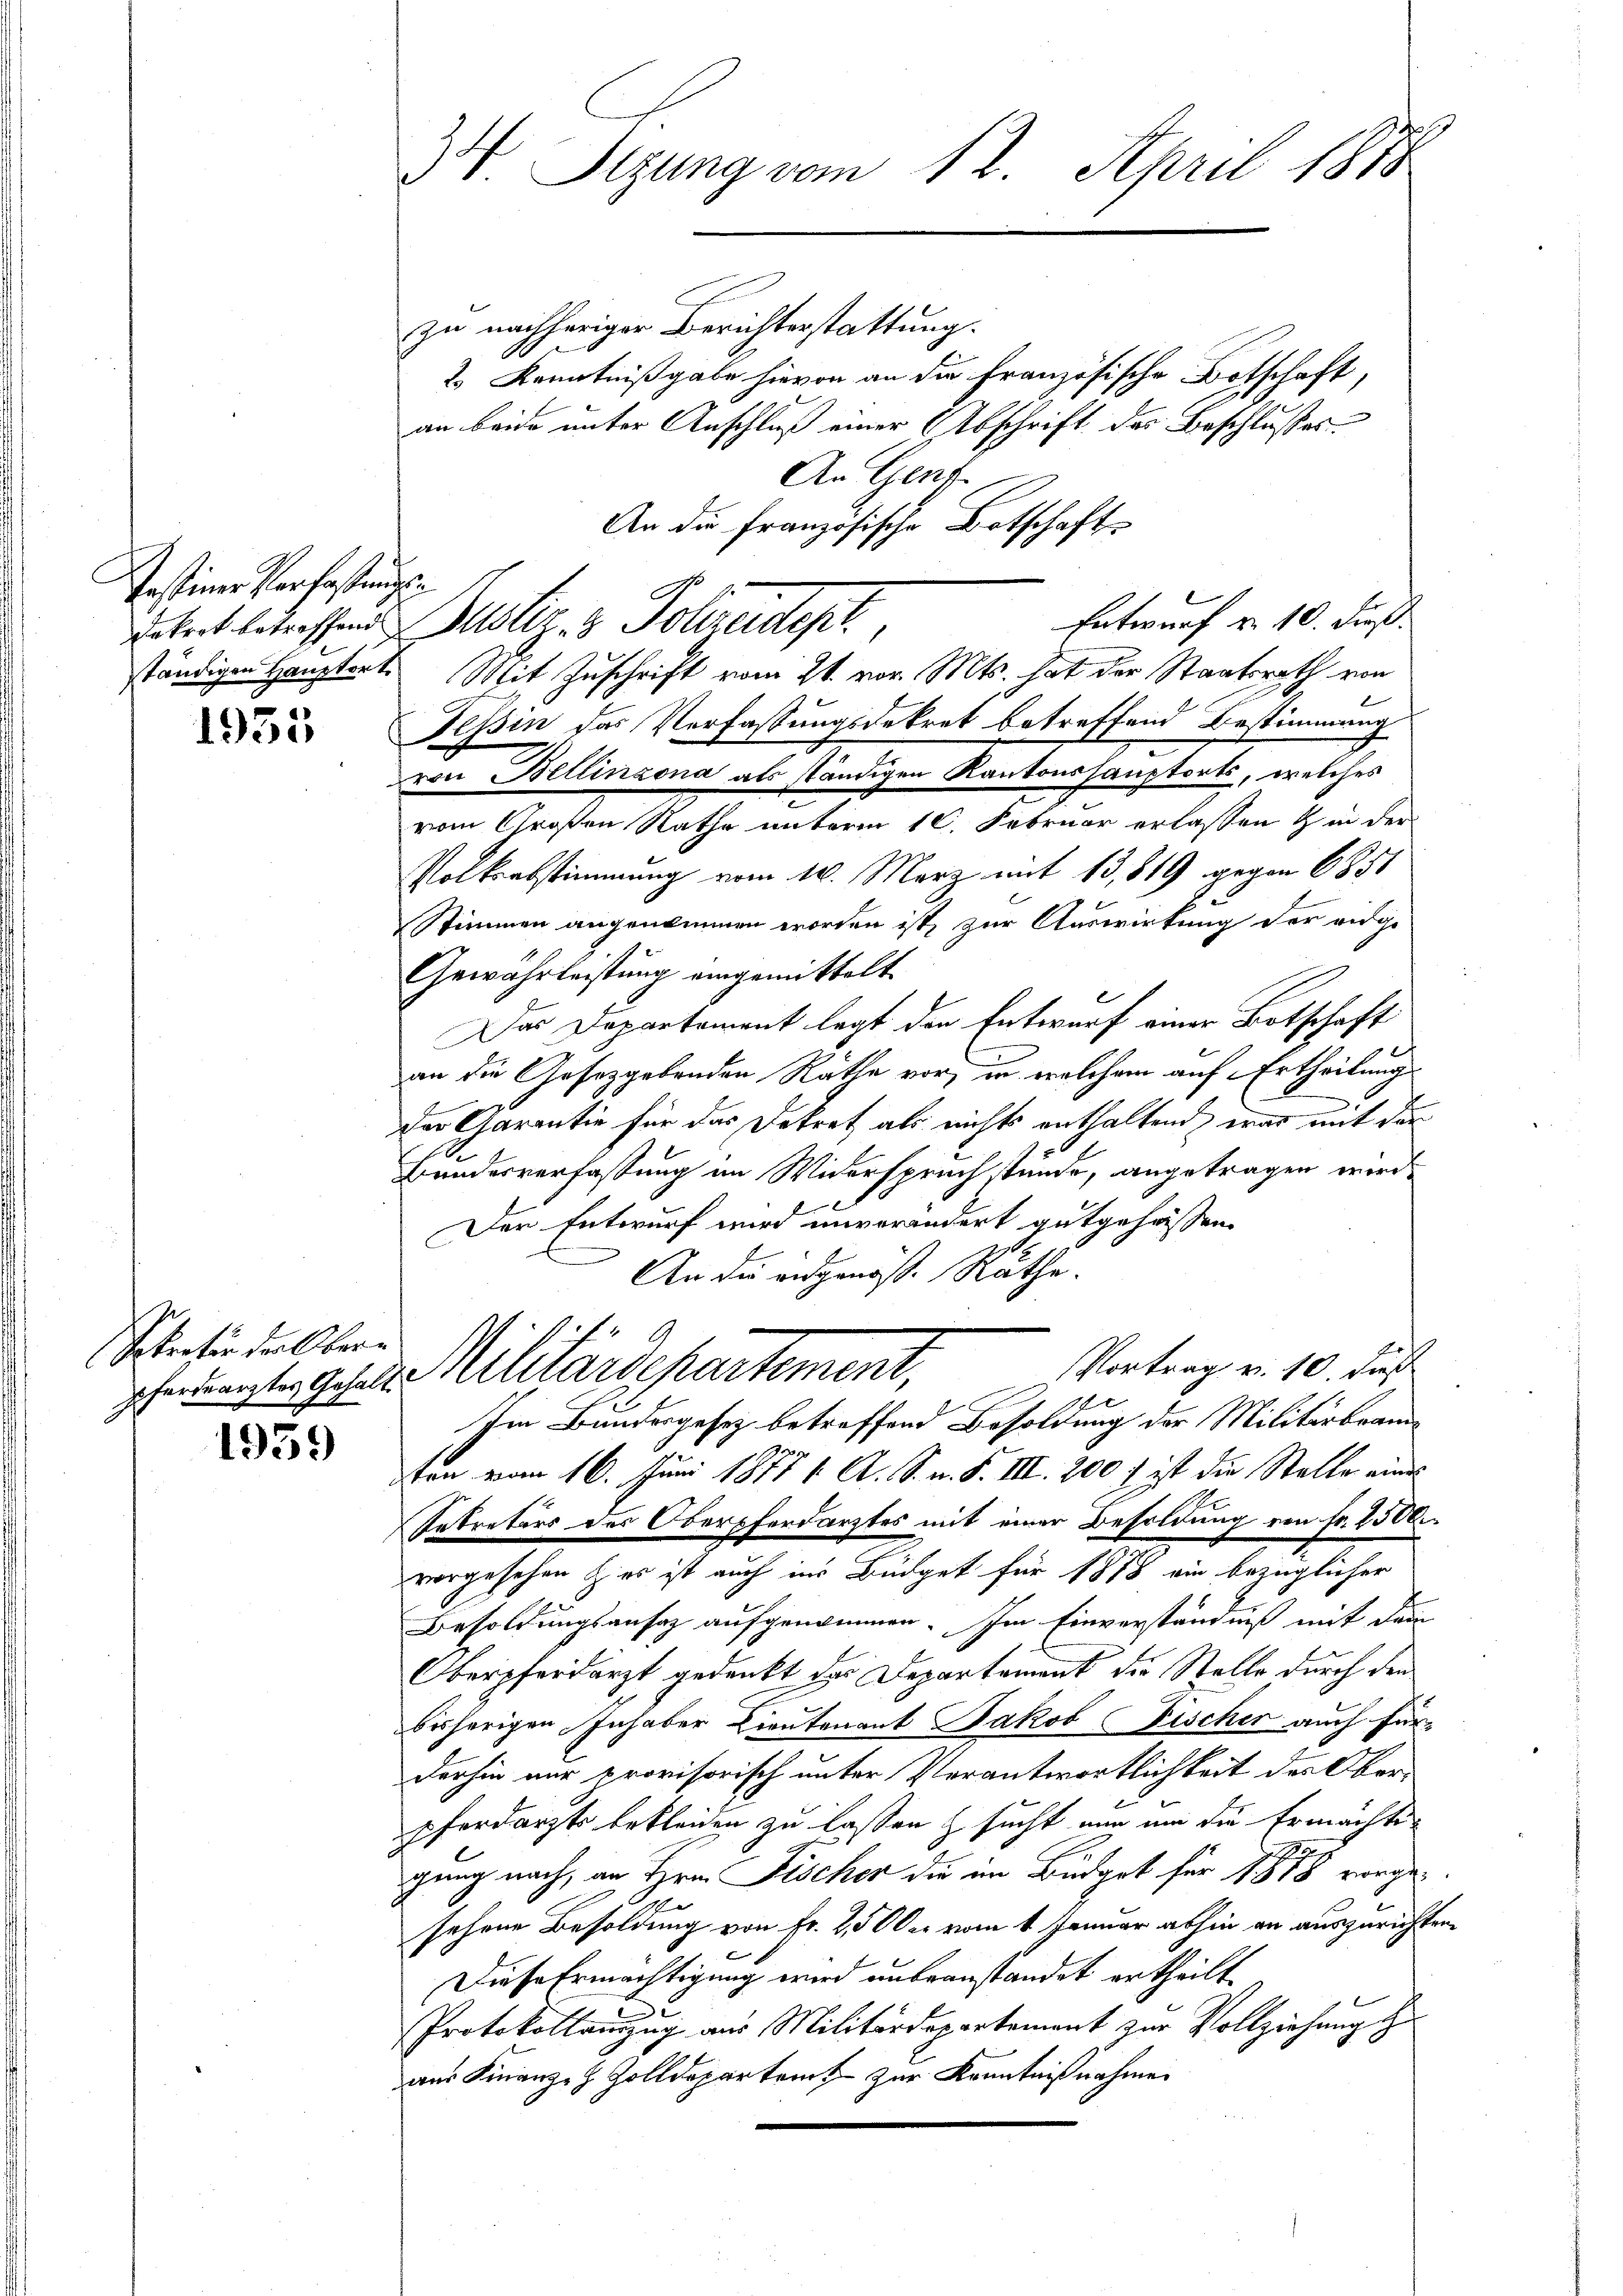
Instiner Verfassungs

1935

Sekretär der Obern

1959

3. Sizung vom 12. April 1875

zu nachheriger Berichterstattung.
2.) Kenntnißgabe hievon an die Französische Botschaft,
an beide unter Anschluß einer (Abschrift der Beschlusses
An Gent.
An die französische Botschafts
Erteit betreffende Justiz- & Polizeidept.,
ständigen Hauptort. Mit Zuschrift vom 21. vor. Mts. hat der Staatsrath von
Tessin das Verfassungsdekret betreffend Bestimmung
von Bellinzona als ständigen Kantonshauptorts, welches
vom Großen Rathe unterm 10. Februar erlassen & in der
Volksabstimmung vom 10. März mit 13,819 gegen 685
Stimmen augenommen worden ist, zur Auswirkung der eidge
Gewährleistung eingemittelt
Das Departement legt den Entwurf einer Botschaft
an die Gesetzgebenden Räthe vor, in welchem auf Ertheilung
n
Der Garantie für das Dekret als nichts enthaltend was mit der
fx
Bundesverfassung im Widerspruchstunde, angetragen wird.

Der Entwurf wird unverändert gutgehassen.
An die ordgenöß. Räthe.
Vortrag v. 10. Just
heenste Geser Militärdepartement,
Im Bundesgesez betreffend Besoldung der Militärbramten vom 16. Juni 1877 1. A. S. n. F. III. 200 f ist die Stelle eines
Sekretärs des Oberpferdarztes mit einer Besoldung von Fr. 2500.
vorgesehen her ist auch ins Büdget für 1878 ein bezüglicher
Besoldungsansaz aufgenommen. Im Einverständniß mit dem
Oberpferdarzt gedankt das Departement der Stelle durch den
bisherigen Inhaber Lieutenant Jakob Fischer auch fürderhin nur provisorisch unter Verantwortlichkeit des Oberpferdarzte bekleiden zu lassen & sucht nun um die Ermächte
da
gung nach, an Hrn. Fischer die im Büdget für 1888 vorgesehene Besoldung von Fr. 250 der vom 1 Januar abhin an auszurichten.
Diese Ermächtigung wird unbeanstandet ertheilt
Protokollauszug aus Militärdepartement zur Vollziehung zu
aus Finanz- & Zolldepartamt zur Kenntnißnahme

Entwurf u. 10. dieß.